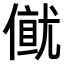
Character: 𠎂